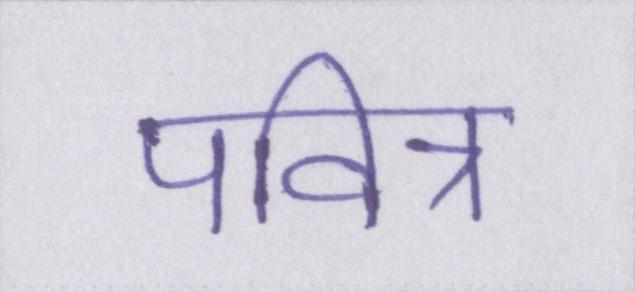
पवित्र